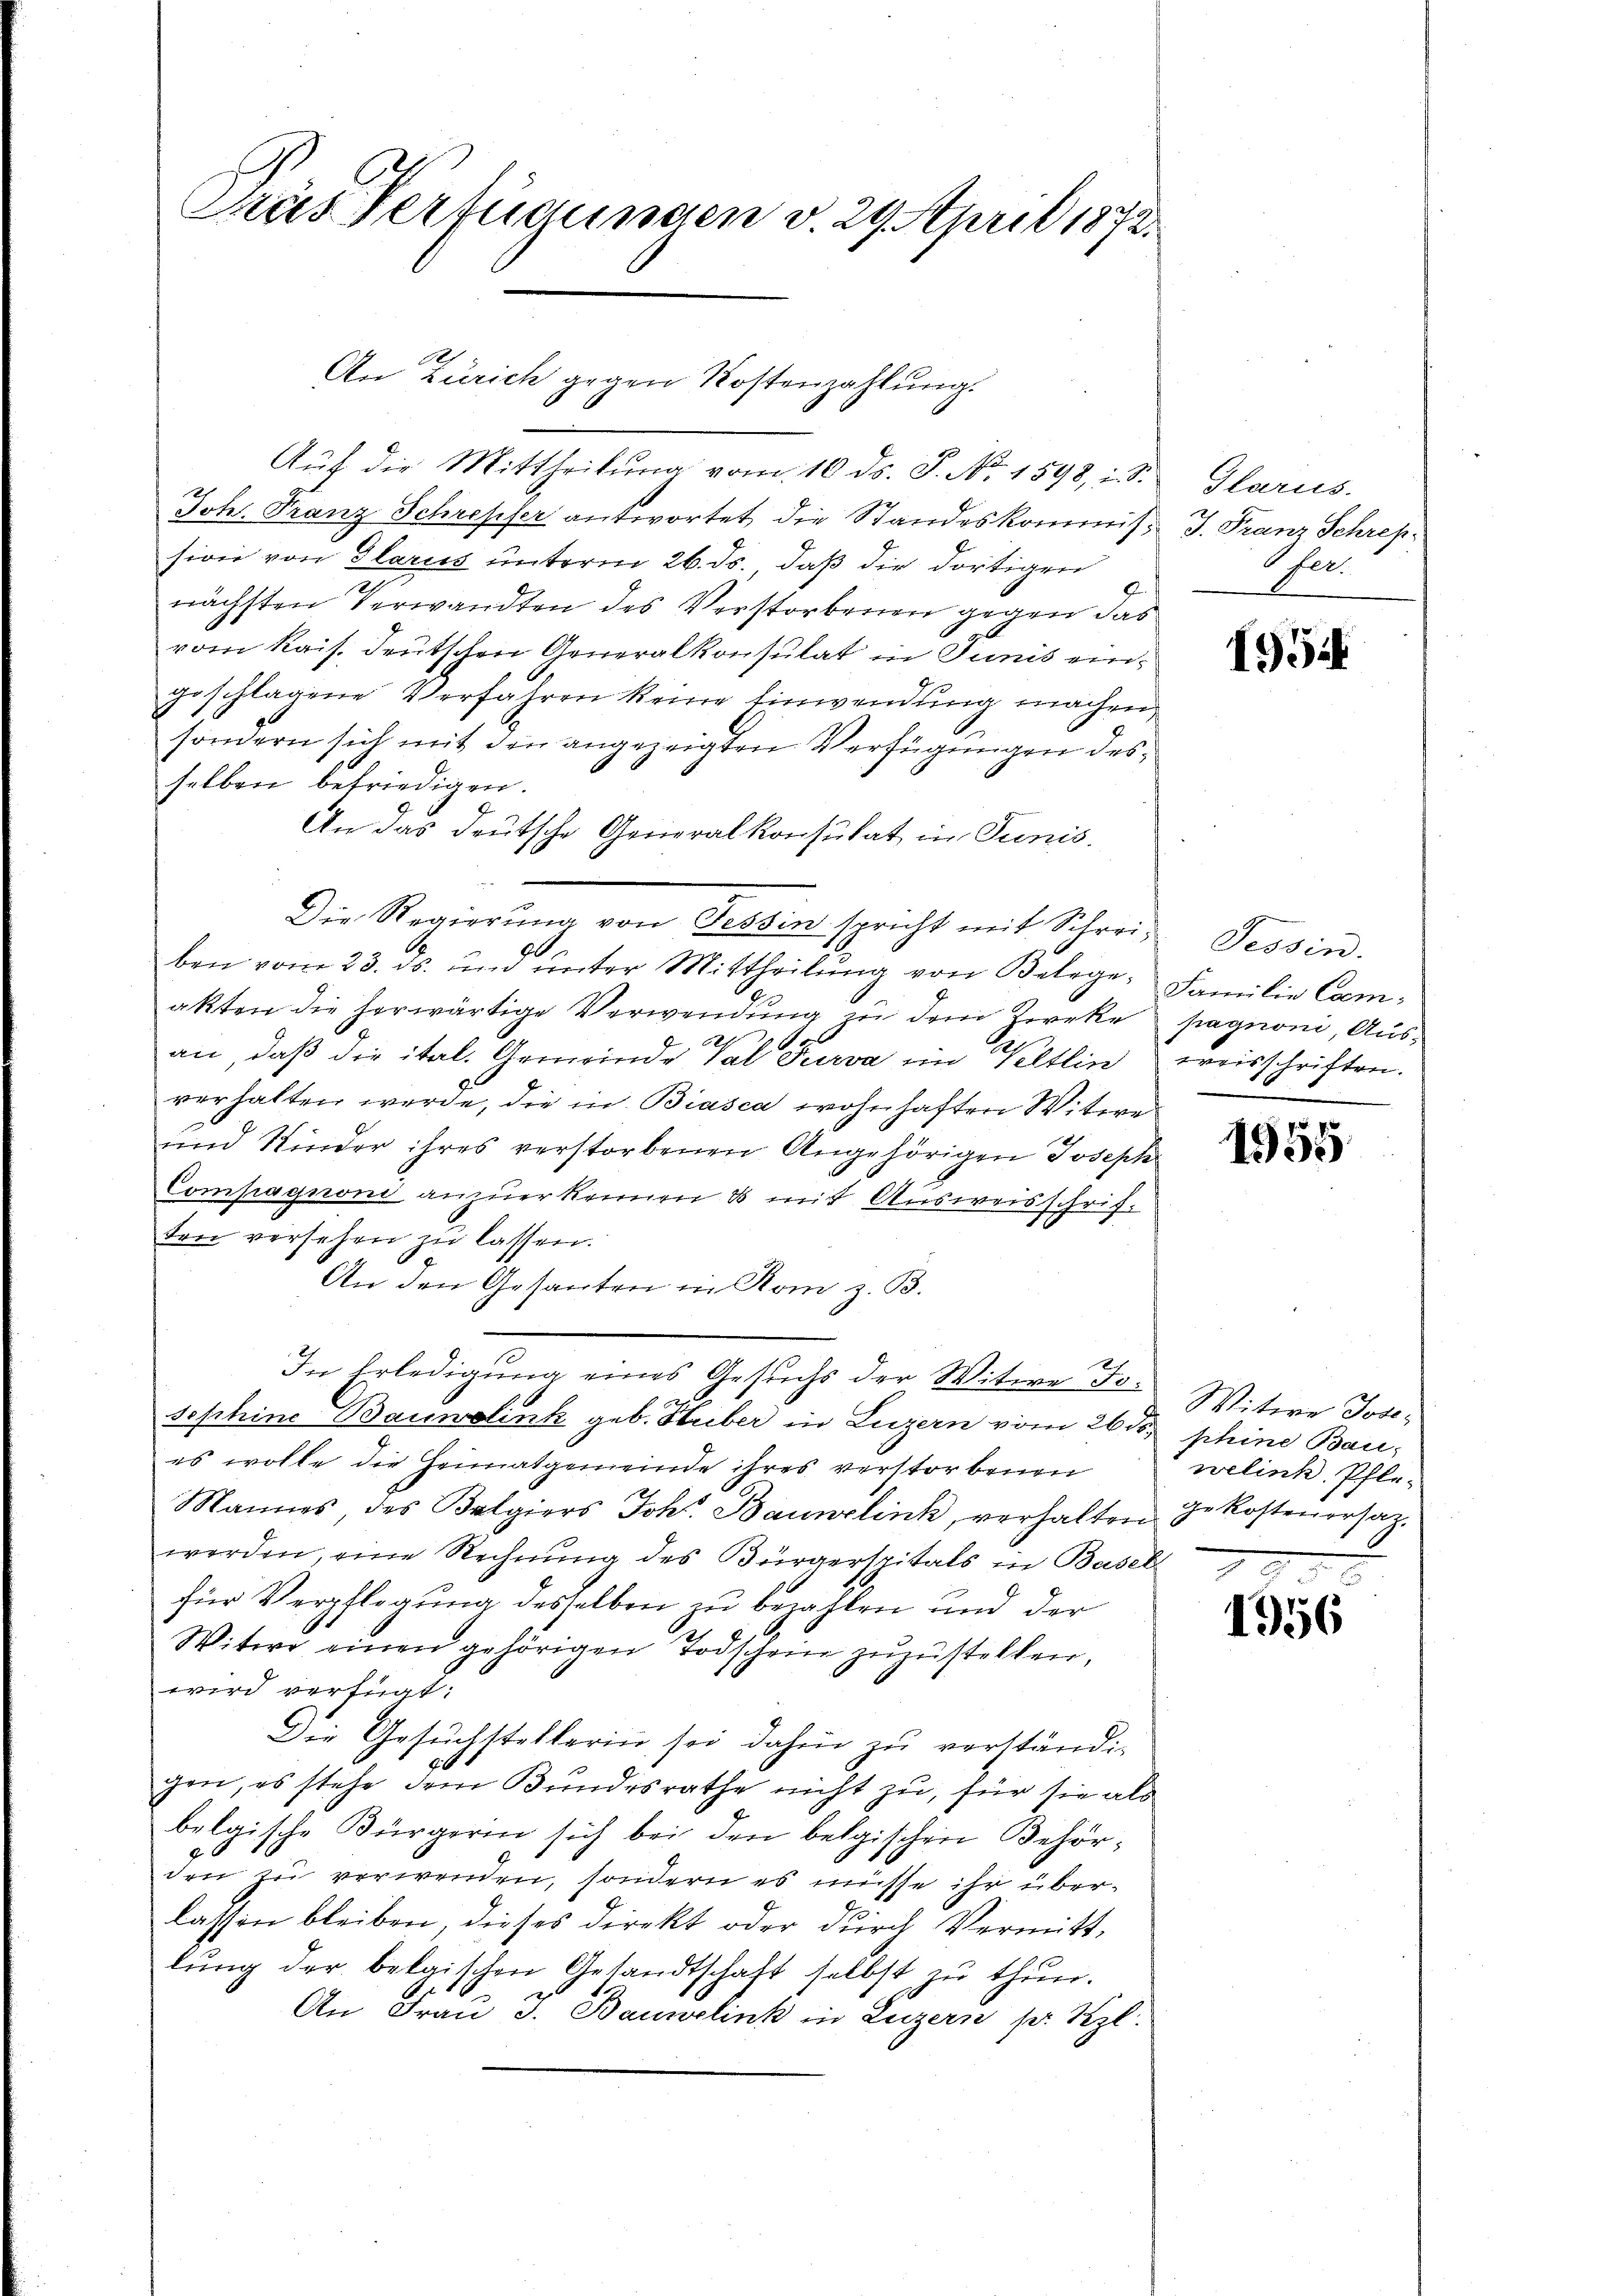
Päs Verfügungen v. 29. April 1873.

Johs. Franz Schrepfer antwortet die Standeskommis J. Franz Schrepsion von Glarus unterm 26. ds. daß die dortigen
nächsten Verwandten des Verstorbenen gegen das
vom Kais. deutschen Generalkonsulat in Junis eingeschlagene Verfahren keine Einwendung machen,
sondern sich mit den angezeigten Verfügungen desselben befriedigen.
An das deutsche Generalkonsulat in Junis.
Die Regierŭng von Tessin spricht mit Schrei Tessin.
0
ben vom 23. ds. um unter Mittheilŭng von Belege. Familie Comakten die herwärtige Verwendung in dem Zweke hagnoni, Aus¬
.
an, daß die ital. Gemeinde Val Turva im Veltlin weisschriften.
verhalten werde, die in Biasca wohnhaften Witwe
und Kinder ihres verstorbenen Angehörigen Joseph
Compagnon anzuerkennen & mit Ausweisschriften versehen zŭ lassen.
An den Gesanten in Rom z. B.
In Erledigung eines Gesuchs der Witwe Tosephine Baumwolink geb. Huber in Luzern vom 26ten phine Baues wolle die Heimatgemeinde ihres verstorbenen
Mannes, des Belgiers Joh. Baunzlink, verhalten gekostenorsatz.
werden, eine Rechnung des Bürgerspitals in Basel
für Verpflegung desselben zu bezahlen und der
Witwe einen gehörigen Todschein zuzustellen,
wird verfügt:
Die Gesuchstellerin sei dahin zu verständig
gen, es stehe dem Bundesrathe nicht zu, für sie als
belgische Bürgerin sich bei den belgischen Behörden zu verwenden, sondern es müsse ihr überlassen bleiben, dieses direkt oder durch Vermittlŭng der belgischen Gesandtschaft selbst zu thun.
An Frau J. Baumelink in Luzern pr. Szl.

1
An Zürich gegen Kostenzahlung.
Auf die Mittheilung vom 10. ds. S. Nr. 1598, i. S.

Glarus.
Oll.

195

1955

Witwe Jose
welink, Pflex

1956